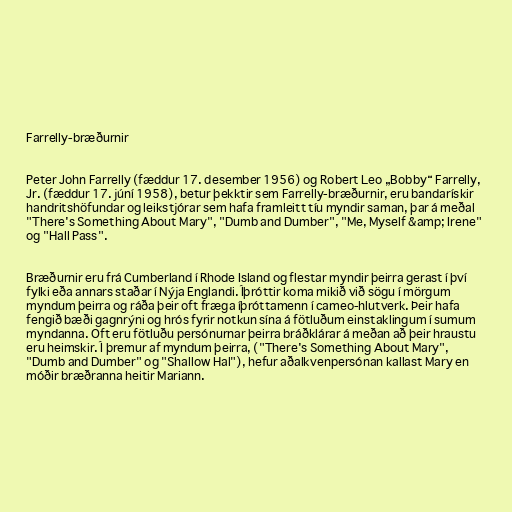
Farrelly-bræðurnir

Peter John Farrelly (fæddur 17. desember 1956) og Robert Leo „Bobby“ Farrelly,
Jr. (fæddur 17. júní 1958), betur þekktir sem Farrelly-bræðurnir, eru bandarískir
handritshöfundar og leikstjórar sem hafa framleitt tíu myndir saman, þar á meðal
"There's Something About Mary", "Dumb and Dumber", "Me, Myself &amp; Irene"
og "Hall Pass".

Bræðurnir eru frá Cumberland í Rhode Island og flestar myndir þeirra gerast í því
fylki eða annars staðar í Nýja Englandi. Íþróttir koma mikið við sögu í mörgum
myndum þeirra og ráða þeir oft fræga íþróttamenn í cameo-hlutverk. Þeir hafa
fengið bæði gagnrýni og hrós fyrir notkun sína á fötluðum einstaklingum í sumum
myndanna. Oft eru fötluðu persónurnar þeirra bráðklárar á meðan að þeir hraustu
eru heimskir. Í þremur af myndum þeirra, ("There's Something About Mary",
"Dumb and Dumber" og "Shallow Hal"), hefur aðalkvenpersónan kallast Mary en
móðir bræðranna heitir Mariann.